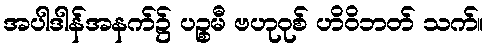
အပါဒါန်အနက်၌ ပဉ္စမီ ဗဟုဝုစ် ဟိဝိဘတ် သက်။